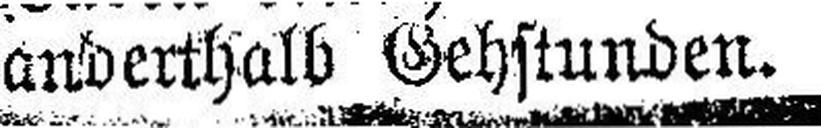
anderthalb Gehstunden.